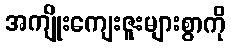
အကျိုးကျေးဇူးများစွာကို